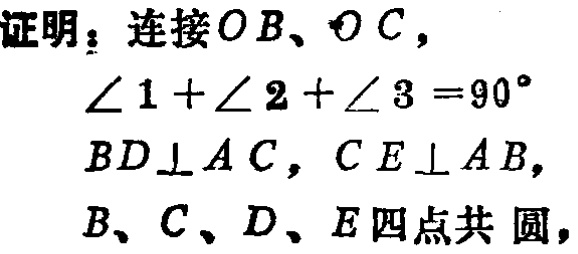
证明：连接\(OB\)、\(OC\)，

\(\angle 1+\angle 2+\angle 3 = 90^{\circ}\)

\(BD\perp AC\)，\(CE\perp AB\)，

\(B、C、D、E\)四点共圆，